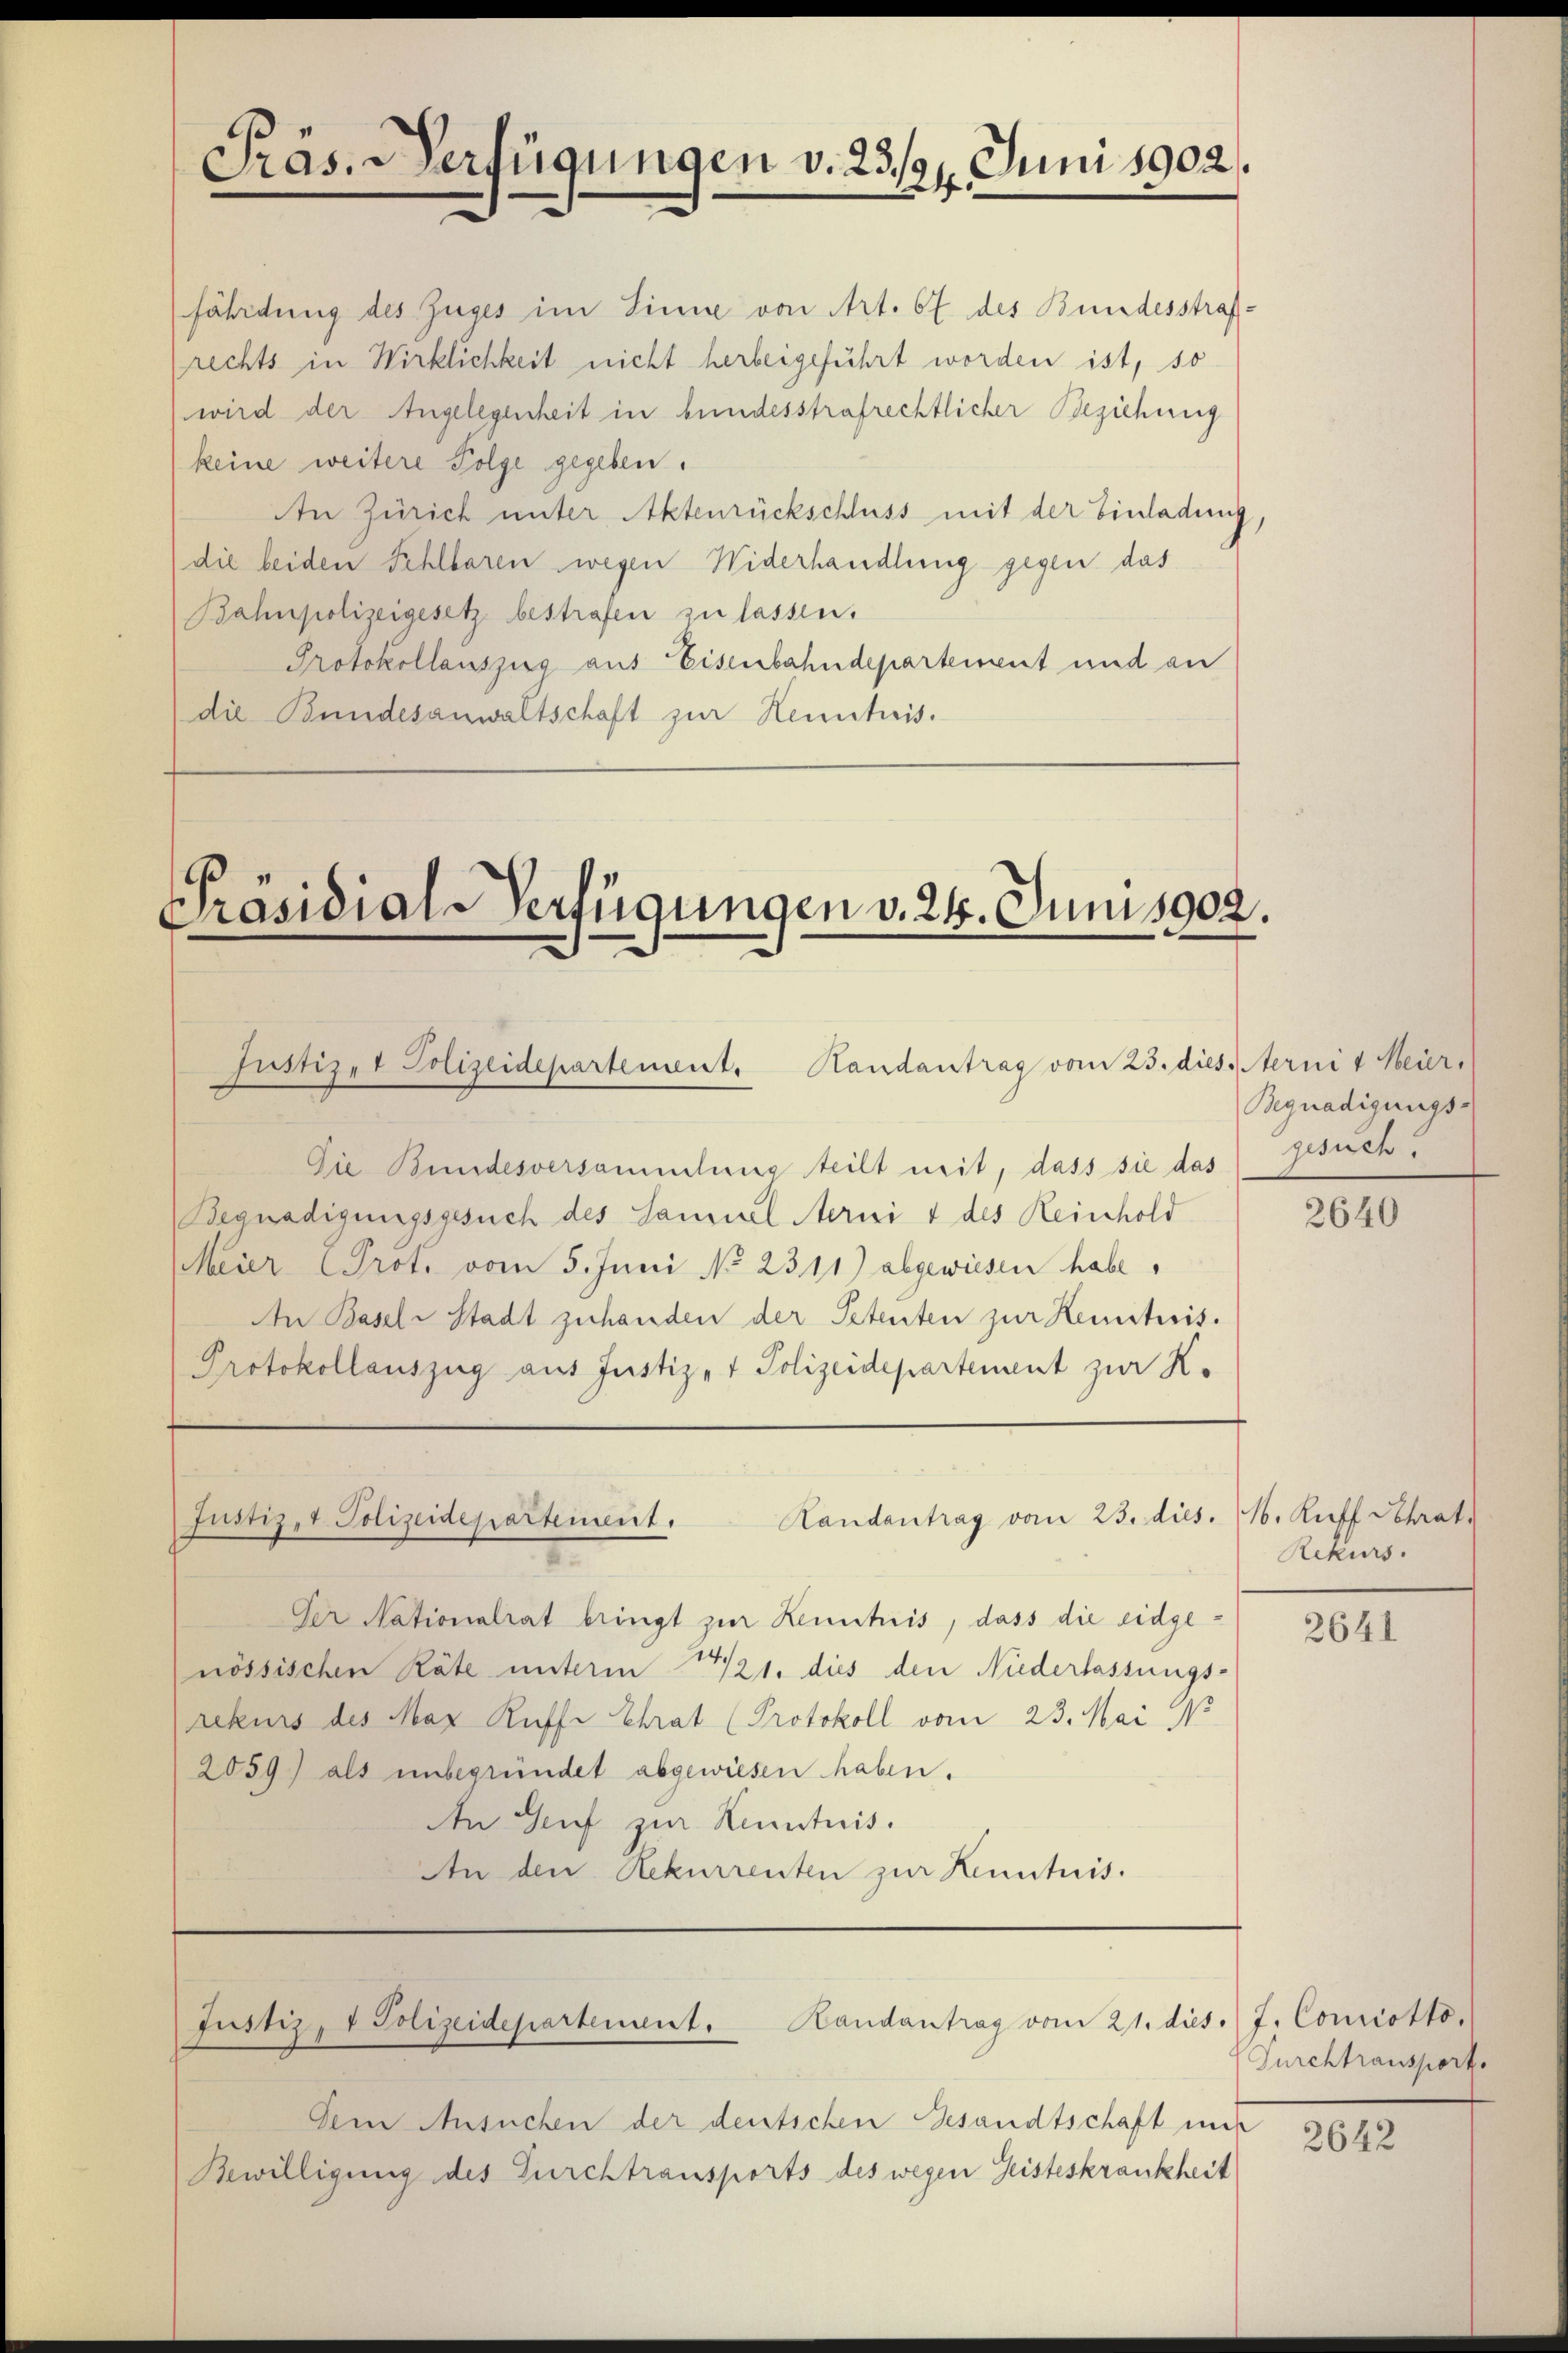
Präs. Verfügungen v. 23./21. Juni 1902.

fährdung des Zuges im Sinne von Art. 67 des Bundesstrafrechts in Wirklichkeit nicht herbeigeführt worden ist, so
wird der Angelegenheit in bundesstrafrechtlicher Beziehung
keine weitere Folge gegeben.
An Zürich unter Aktenrückschluss mit der Einladung,
die beiden Fehlbaren wegen Widerhandlung gegen das
Bahnpolizeigesetz bestrafen zu lassen.
Protokollauszug aus Eisenbahndepartement und an
die Bundesanwaltschaft zur Kenntnis.

Präsidial-Verfügungen v. 24. Juni 1902.
Justiz- & Polizeidepartement. Handantrag vom 23. dies. Sterni v. Heir

Die Bundesversammlung teilt mit, dass sie das gesuch.
Begnadigungsgesuch des Samuel Nerni & des Reinhold
Meier Prot. vom 5. Juni No 2311) abgewiesen habe.
An Basel Stadt zuhanden der Petenten zur Kenntnis.
Protokollauszug aus Justiz- & Polizeidepartement zur K.

Landantrag vom 23. dies. 11. Kuff Schrat.
Justiz- & Polizeidepartement.

Landantrag vom 21. dies. J. Comiotto,
Justiz- & Polizeidepartement.

Der Nationalrat bringt zur Kenntnis, dass die eidgenössischen Räte unterm 14/21. dies den Niederlassungs-
rekurs des Max Kaffe Chrat (Protokoll vom 23. Mai 18
2059) als unbegründet abgewiesen haben.
An Genf zur Kenntnis.
An den Rekurrenten zur Kenntnis.

Dem Ansuchen der deutschen Gesandtschaft mit
Bewilligung des Furchtransports des wegen Geisteskrankheit

Begnadigungs-

2640

Rekurs.

2641

Furchtransport

2642